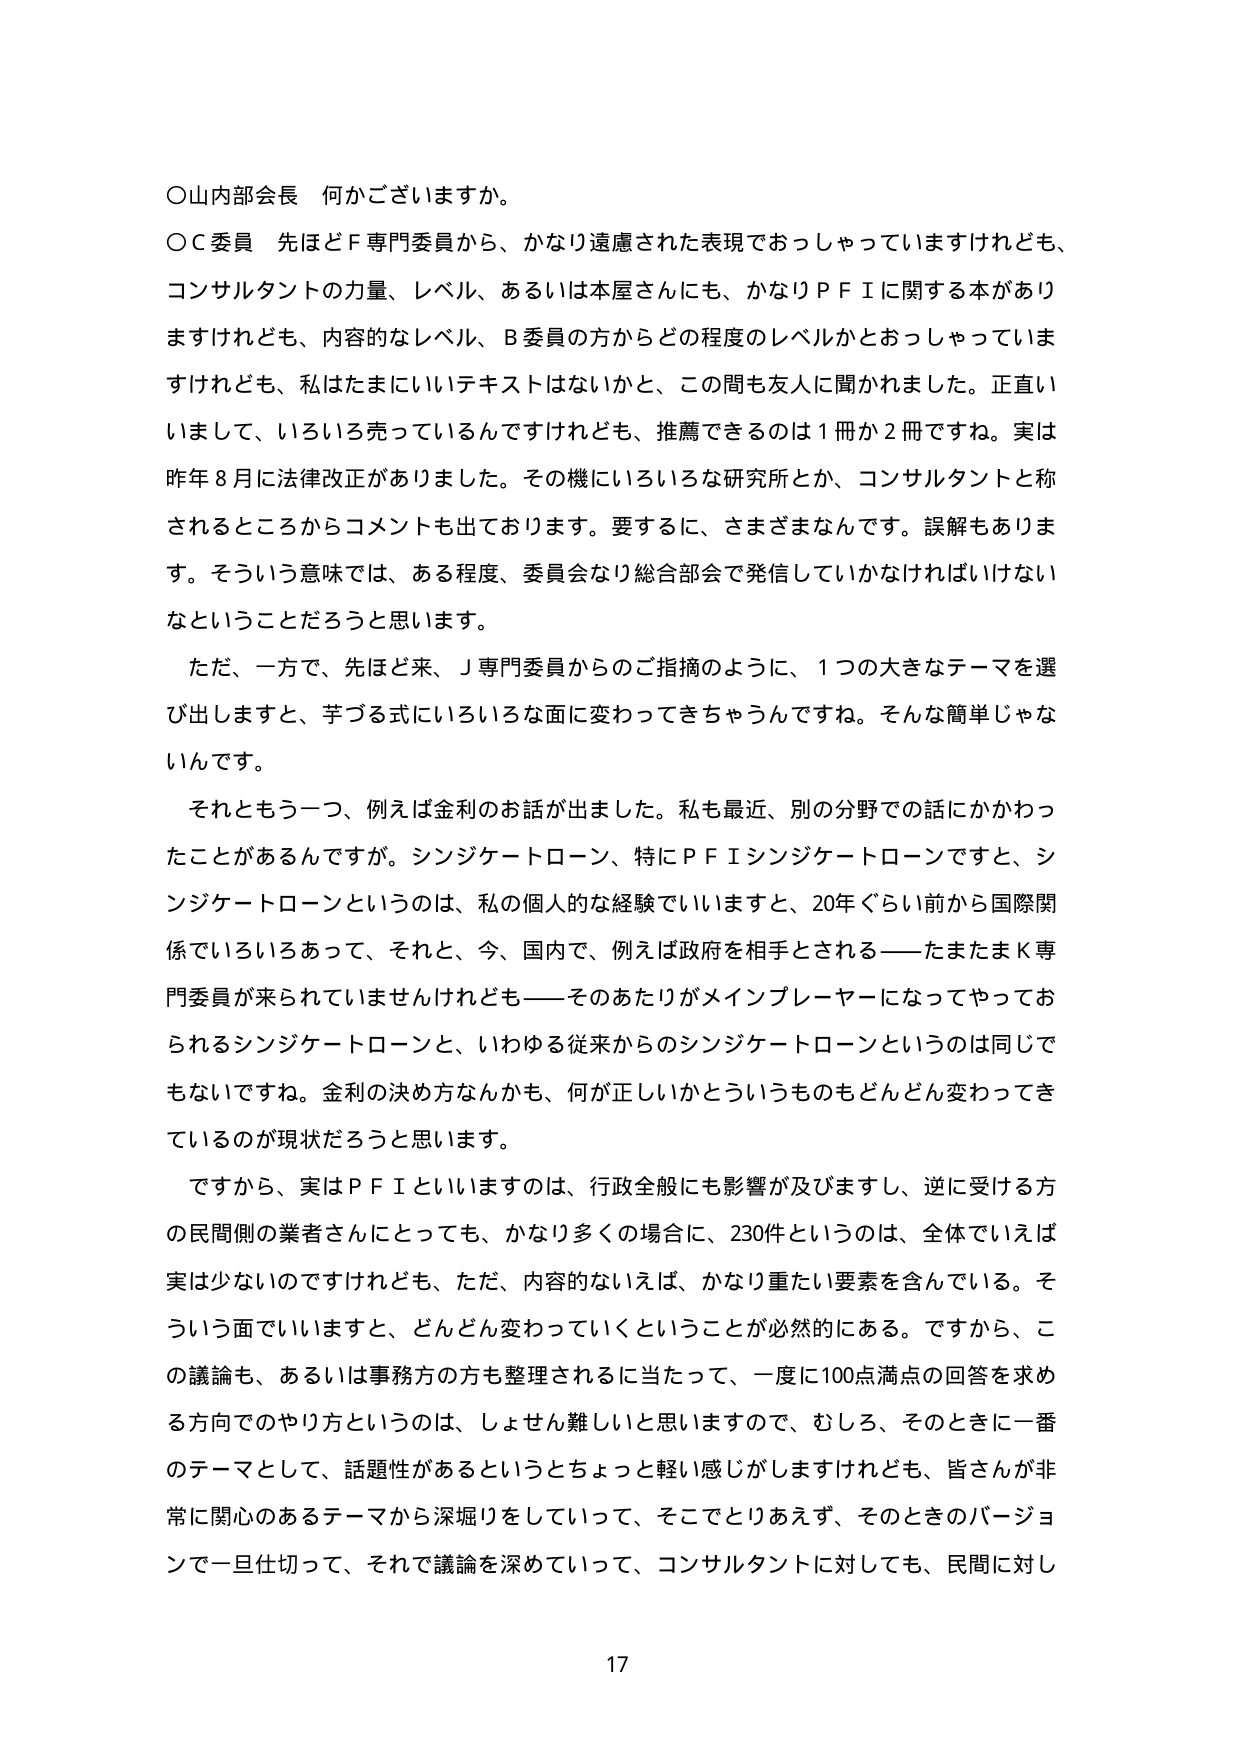
○山内部会長 何かございますか。

○Ｃ委員 先ほどＦ専門委員から、かなり遠慮された表現でおっしゃっていますけれども、コンサルタントの力量、レベル、あるいは本屋さんにも、かなりＰＦＩに関する本がありますけれども、内容的なレベル、Ｂ委員の方からどの程度のレベルかとおっしゃっていますけれども、私はたまにいいテキストはないかと、この間も友人に聞かれました。正直いまして、いろいろ売っているんですけれども、推薦できるのは１冊か２冊ですね。実は昨年８月に法律改正がありました。その機にいろいろな研究所とか、コンサルタントと称されるところからコメントも出ております。要するに、さまざまなんです。誤解もあります。そういう意味では、ある程度、委員会なり総合部会で発信していかなければならないなということだろうと思います。

　ただ、一方で、先ほど来、Ｊ専門委員からのご指摘のように、１つの大きなテーマを選び出しますと、芋づる式にいろいろな面に変わってきちゃうんですね。そんな簡単じゃないんです。

　それともう一つ、例えば金利のお話が出ました。私も最近、別の分野での話にかかわったことがあるんですが。シンジケートローン、特にＰＦＩシンジケートローンですと、シンジケートローンというのは、私の個人的な経験でいいますと、20年ぐらい前から国際関係でいろいろあって、それと、今、国内で、例えば政府を相手とされる――たまたまＫ専門委員が来られていませんけれども――そのあたりがメインプレーヤーになってやっておられるシンジケートローンと、いわゆる従来からのシンジケートローンというのは同じでもないですね。金利の決め方なんかも、何が正しいかというのもどんどん変わってきているのが現状だろうと思います。

　ですから、実はＰＦＩといいますのは、行政全般にも影響が及びますし、逆に受ける方の民間側の業者さんにとっても、かなり多くの場合に、230件というのは、全体でいえば実は少ないのですけれども、ただ、内容的ないえば、かなり重たい要素を含んでいる。そういう面でいいますと、どんどん変わっていくということが必然的にある。ですから、この議論も、あるいは事務方の方も整理されるに当たって、一度に100点満点の回答を求める方向でのやり方というのは、しょせん難しいと思いますので、むしろ、そのときに一番のテーマとして、話題性があるというとちょっと軽い感じがしますけれども、皆さんが非常に関心のあるテーマから深堀りをしていって、そこでとりあえず、そのときのバージョンで一旦仕切って、それで議論を深めていって、コンサルタントに対しても、民間に対し

17